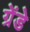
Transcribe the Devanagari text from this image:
ग्रेंडे